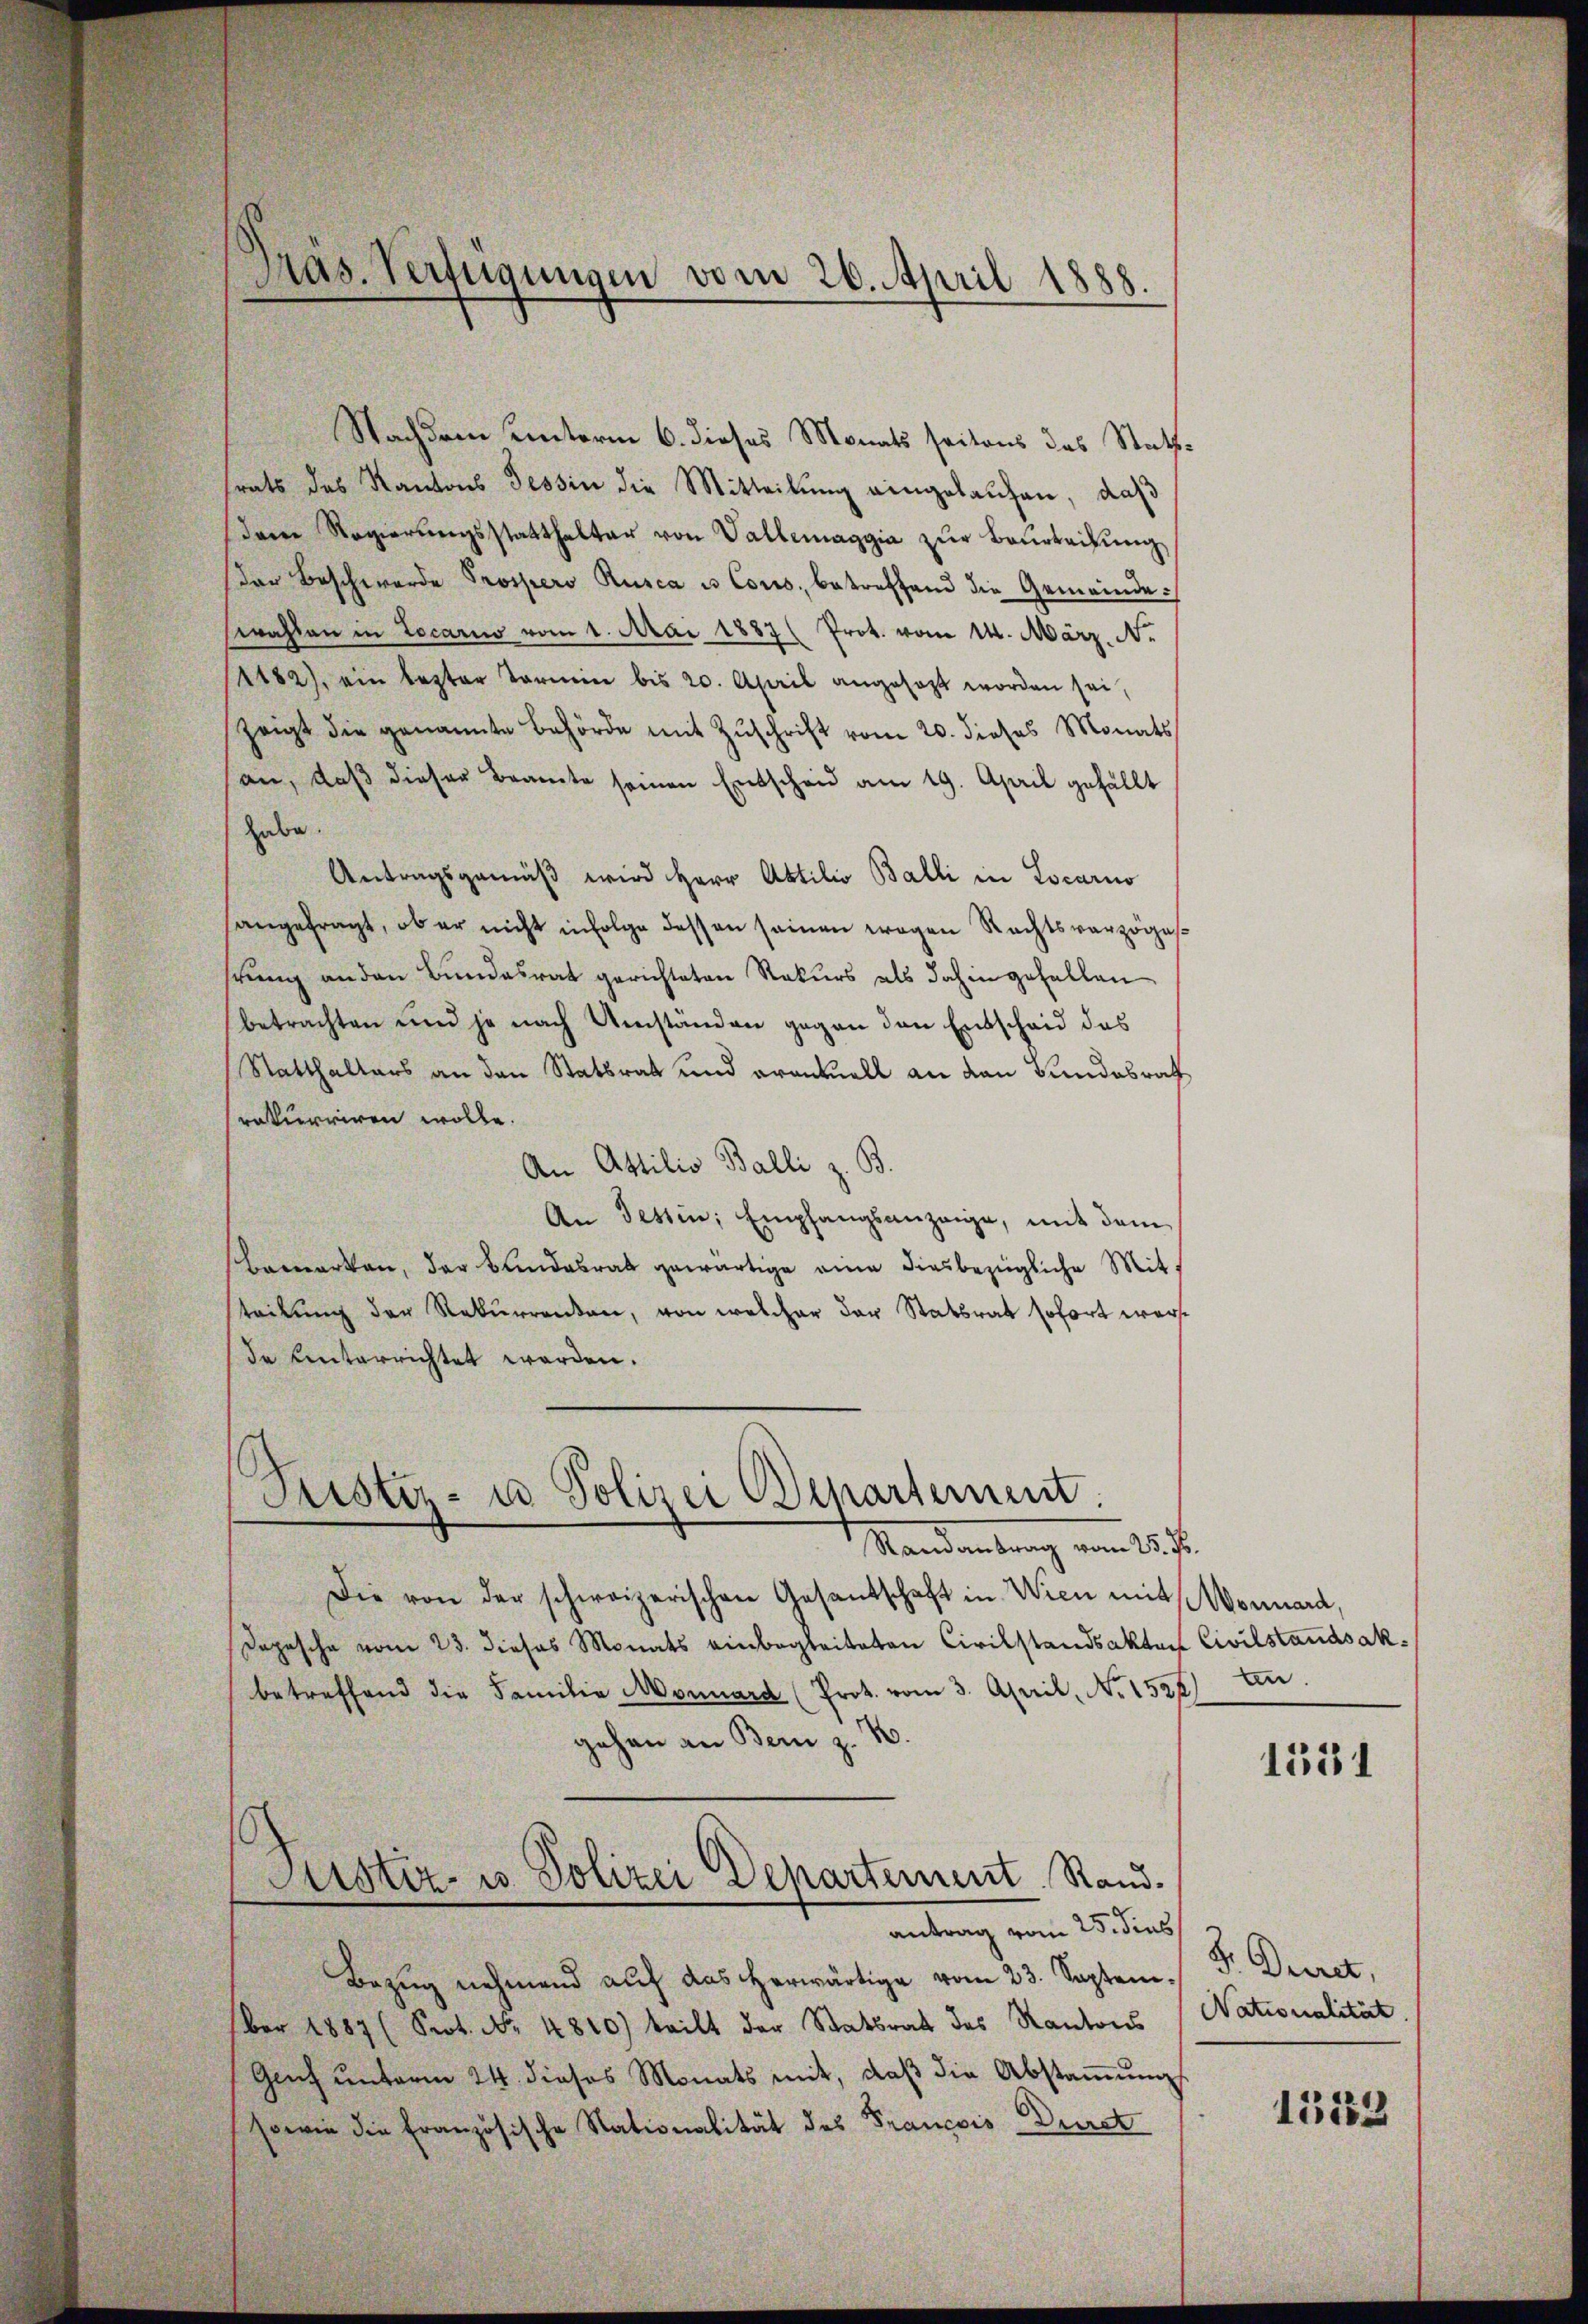
Präs. Verfügungen vom 26. April 1888.

Nachdem Unterm 6. dieses Monats seitens das Stattsrats des Kantons Tessin die Mitteilŭng eingelaŭfen, daß
dene Regierŭngsstatthalter von Vallemaggia zŭr Baŭrteilŭng
der Beschwerde Prospero Rusca u. Cous, betreffend die Gemeindeswahlen in Locario vom 1. Mai 1887 Prot. vom 14. März. No
(1182), ein lezter Termin bis 20. April angesagt worden sei,
zeigt die genannte Behörde mit Zŭschrift vom 20. dieses Monats
san, daß dieser Beamte seinen Entscheid am 19. April gefällt
habe.
Antragsgemäß wird Herr Abtilio Balli in Locarno
angefragt, ob er nicht infolge dessen seinen wegen Rechtsverzöges
rung an den Bundesrat gerichteten Rekurs als dahin gefallen
betrachten und je nach Umständen gegen den Entscheid das
Statthalters an den Statsrat und erantuell an den Bundesrath
raturriren wolle.
An Attilio Balli z. B.
An Tessin, Empfangsanzeige, mit dem
bemerken, der Bundesrat gewärtige eine diesbezügliche Mitteilung der Rekurrenten, von welcher der Statsrat sofort werde Unterrichtet werden.
Peister- u Polizei Departement
Standentrag vom 25ste
Die von der schweizerischen Gesandschaft in Wien mit Monard,
Dopesche vom 23. dieses Monats einbegleiteten Civilstandsakter Civilstandsakbetreffend die Familie Monnard (Prot. vom 3. April, No. 1522)
gehen an Bern z. B.
Justiz- u. Polizei Departement. Rand.
antrag vom 25. dies
Bezug nehmend auf das herwärtige vom 23. Septem¬
(ber 1887 (Prot. No 4840) teilt der Statsrat des Kantons
Genf unterm 24. dieses Monats mit, daβ die Abstaṁŭng
sowie die französische Nationalität des Francois Durst

un

1531

F. Decret,
Nationalität.

13152